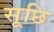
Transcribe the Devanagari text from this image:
सूछि